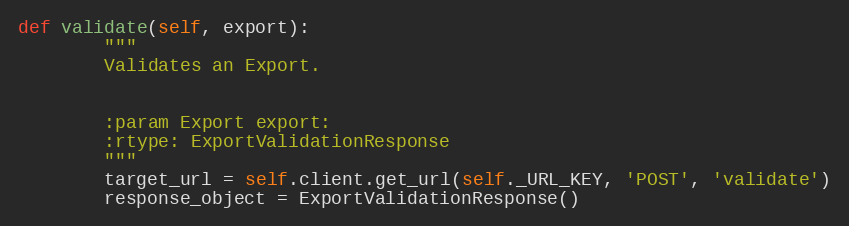
Language: Python
def validate(self, export):
        """
        Validates an Export.

        :param Export export:
        :rtype: ExportValidationResponse
        """
        target_url = self.client.get_url(self._URL_KEY, 'POST', 'validate')
        response_object = ExportValidationResponse()